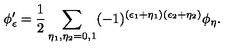
\phi _ { \epsilon } ^ { \prime } = \frac { 1 } { 2 } \sum _ { \eta _ { 1 } , \eta _ { 2 } = 0 , 1 } ( - 1 ) ^ { ( \epsilon _ { 1 } + \eta _ { 1 } ) ( \epsilon _ { 2 } + \eta _ { 2 } ) } \phi _ { \eta } .